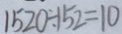
1 5 2 0 \div 1 5 2 = 1 0